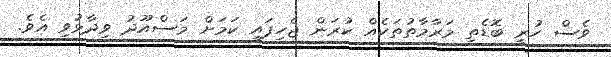
ވެސް ހުރީ ބޮޑެތި މަރާމާތުތަކެއް ކުރަން ޖެހިފައި ކަމަށް މަސްއޫދު ވިދާޅުވި އެވެ.